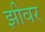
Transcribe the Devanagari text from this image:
झीवर